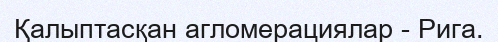
Қалыптасқан агломерациялар - Рига.